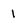
Character: l